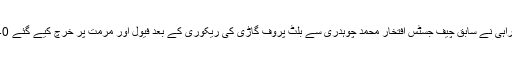
19 نومبر2018ء) سپریم کورٹ کے سینئر وکیل ریاض حنیف راہی نے سابق چیف جسٹس افتخار محمد چوہدری سے بلٹ پروف گاڑی کی ریکوری کے بعد فیول اور مرمت پر خرچ کیے گئے 40لاکھ روپے واپس کرنے کیلئے ایف آئی اے کو درخواست دیدی۔